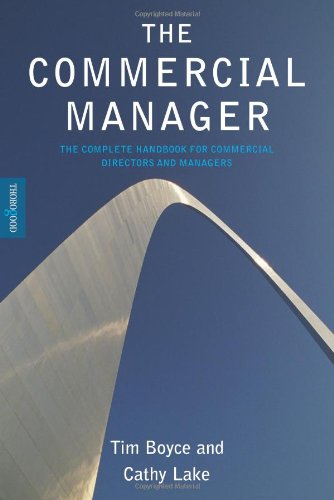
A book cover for The Commercial Manager: The Complete Handbook for Commercial Directors and Managers; Tim Boyce; Business & Money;